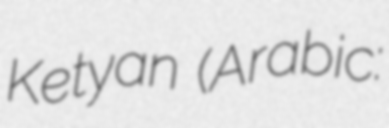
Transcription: Ketyan (Arabic: